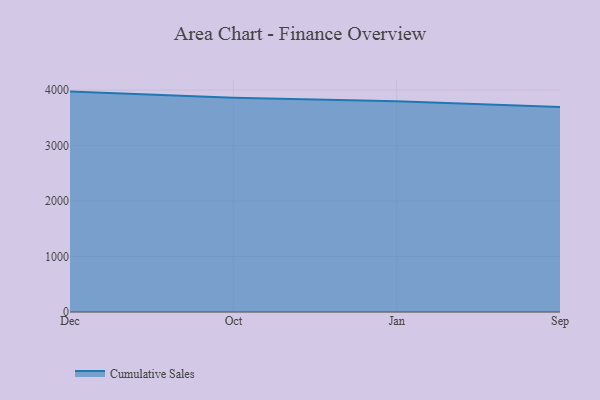
{"axis": {"x": "Month", "y": "Shipments"}, "legend": ["Cumulative Sales"], "data": [{"x": "Dec", "y": 3972.1, "type": "Cumulative Sales"}, {"x": "Oct", "y": 3861.6, "type": "Cumulative Sales"}, {"x": "Jan", "y": 3800.0, "type": "Cumulative Sales"}, {"x": "Sep", "y": 3693.8, "type": "Cumulative Sales"}]}